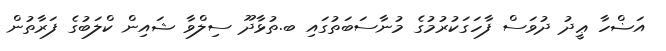
އަޟްހާ ޢީދު ދުވަސް ފާހަގަކުރުމުގެ މުނާސަބަތުގައި ބ.ތުޅާދޫ ސިލްވާ ޝައިން ކްލަބުގެ ފަރާތުން